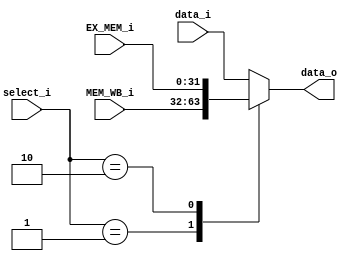
////                                                              ////
////  RISC-V Designe                                              ////
////                                                              ////
////  https://github.com/Abdelazeem201                            ////
////                                                              ////
////  Description                                                 ////
////  Designed RTL of RISC-V system in Verilog                    ////
////                                                              ////
////                                                              ////
////  Author(s):                                                  ////
////      - Ahmed Abdelazeen, ahmed-abdelazeem@outlook.com        ////
////                                                              ////
//////////////////////////////////////////////////////////////////////
module ForwardingMUX(
	input	wire	[1:0]	select_i,
    input	wire	[31:0]	data_i,
    input	wire	[31:0]	EX_MEM_i,
    input	wire	[31:0]	MEM_WB_i,
    output	reg 	[31:0]	data_o
);


always @(*) begin
	case(select_i)
        2'b00: data_o = data_i;

        2'b01: data_o = MEM_WB_i;

		2'b10: data_o = EX_MEM_i;	

        default : data_o = data_i;
	endcase
end

endmodule